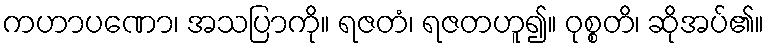
ကဟာပဏော၊ အသပြာကို။ ရဇတံ၊ ရဇတဟူ၍။ ဝုစ္စတိ၊ ဆိုအပ်၏။